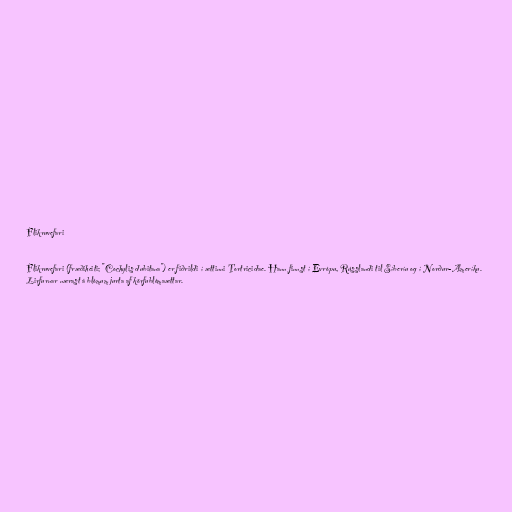
Flikruvefari

Flikruvefari (fræðiheiti; "Cochylis dubitana") er fiðrildi í ættinni Tortricidae. Hann finnst í Evrópu, Rússlandi til Síberíu og í Norður-Ameríku.
Lirfurnar nærast á blómum jurta af körfublómaættar.